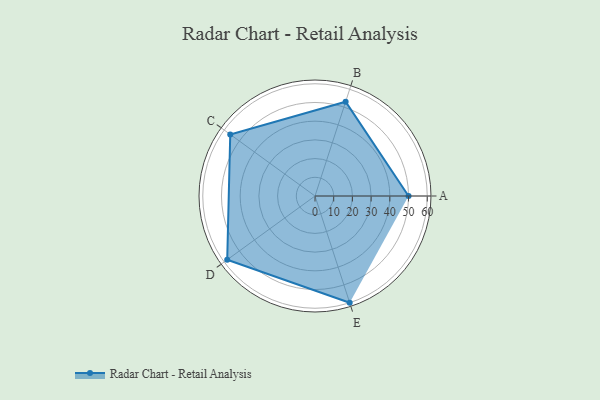
{"axis": {"x": "Skill", "y": "Score"}, "legend": ["Profile"], "data": [{"x": "A", "y": 50.0, "type": "Profile"}, {"x": "B", "y": 53.0, "type": "Profile"}, {"x": "C", "y": 56.0, "type": "Profile"}, {"x": "D", "y": 58.0, "type": "Profile"}, {"x": "E", "y": 60.0, "type": "Profile"}]}